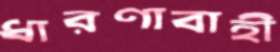
ধারণাবাহী